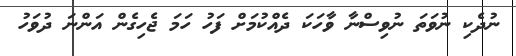
ނުދެކި ނުވަތަ ނުވިސްނާ ވާހަކަ ދެއްކުމަށް ފަހު ހަމަ ޖެހިގެން އަންނަ ދުވަހު